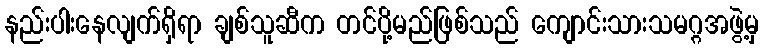
နည်းပါးနေလျက်ရှိရာ ချစ်သူဆီက တင်ပို့မည်ဖြစ်သည် ကျောင်းသားသမဂ္ဂအဖွဲ့မှ